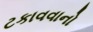
ટકાવવાનો